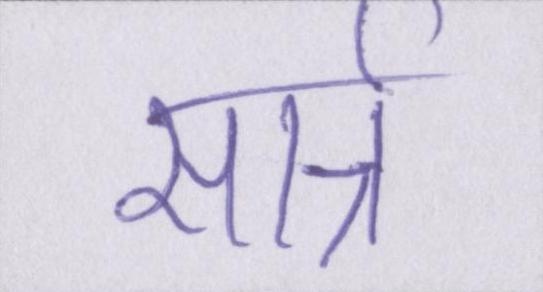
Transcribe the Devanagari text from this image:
सार्त्र